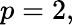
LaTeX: p=2,